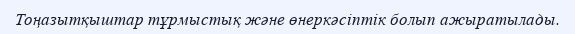
Тоңазытқыштар тұрмыстық және өнеркәсіптік болып ажыратылады.